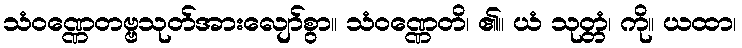
သံဝဏ္ဏေတဗ္ဗသုတ်အားလျော်စွာ။ သံဝဏ္ဏေတိ၊ ၏။ ယံ သုတ္တံ၊ ကို။ ယထာ၊